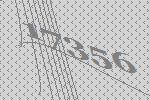
17356